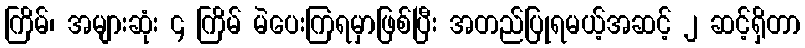
ကြိမ်၊ အများဆုံး ၄ ကြိမ် မဲပေးကြရမှာဖြစ်ပြီး အတည်ပြုရမယ့်အဆင့် ၂ ဆင့်ရှိတာ